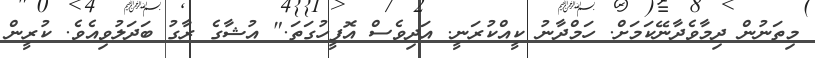
މިތަނުން ދިމާވެދާނޭކަމަށް. ހަމްދާނު ކީއްކުރަނީ. އަދިވެސް އޮފީހުގަތަ." އުޝާގެ ރާގު ބަދަލުވިއެވެ. ކުރީން